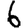
Digit: 6